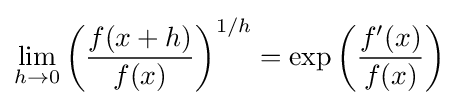
\lim _{h\to 0}\left({\frac {f(x+h)}{f(x)}}\right)^{1/h}=\exp \left({\frac {f'(x)}{f(x)}}\right)